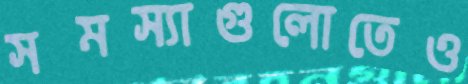
সমস্যাগুলোতেও